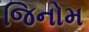
જિનોમ